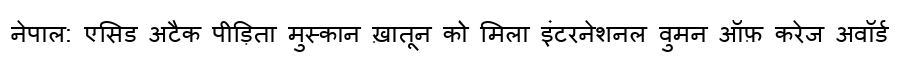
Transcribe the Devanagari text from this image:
नेपाल: एसिड अटैक पीड़िता मुस्कान ख़ातून को मिला इंटरनेशनल वुमन ऑफ़ करेज अवॉर्ड